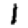
Digit: 1